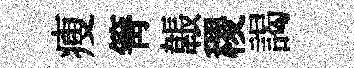
瘦箐韔稷謁